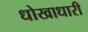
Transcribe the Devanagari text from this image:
धोखाधारी